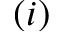
( i )